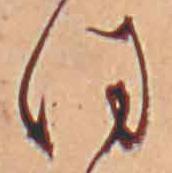
ほ